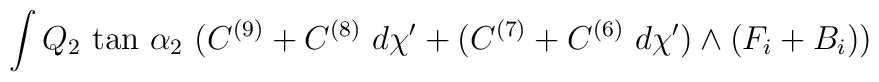
\int Q_2~\mbox{tan}~\alpha_2~(C^{(9)} + C^{(8)}~d \chi' + (C^{(7)} + C^{(6)}~d \chi') \wedge (F_i + B_i))